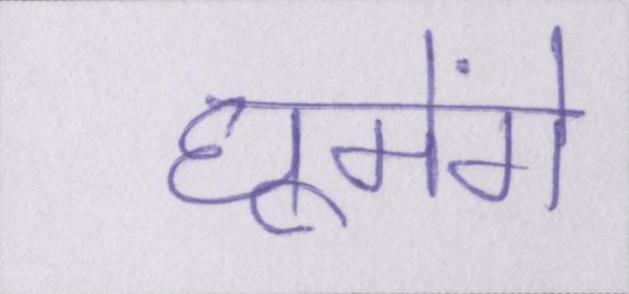
घूमेंगे